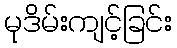
မုဒိမ်းကျင့်ခြင်း